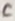
Text: C